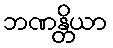
ဘဏန္တိယာ